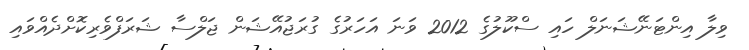
ވިލާ އިންޓަނޭޝަނަލް ހައި ސްކޫލުގެ 2012 ވަނަ އަހަރުގެ ގުރަޖުއޭޝަން ޖަލްސާ ޝަރަފްވެރިކޮށްދެއްވައި